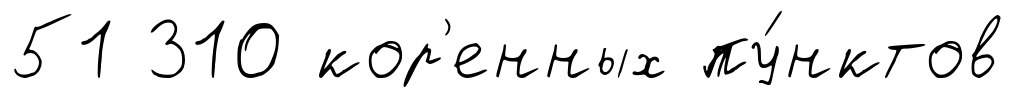
51 310 кор'енных пу́нктов